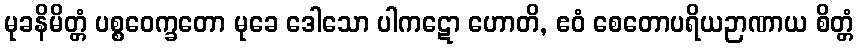
မုခနိမိတ္တံ ပစ္စဝေက္ခတော မုခေ ဒေါသော ပါကဋော ဟောတိ, ဧဝံ စေတောပရိယဉာဏာယ စိတ္တံ